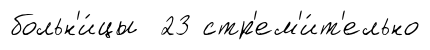
больн'и́цы 23 стр'ем'и́т'ельно